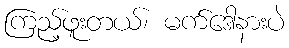
ကြည့်ဖူးတယ်၊ မက်ဒေါနားပဲ